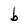
Character: b